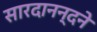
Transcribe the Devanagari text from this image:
सारदानन्दने